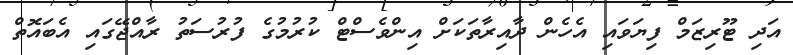
އަދި ޓޫރިޒަމް ފިޔަވައި އެހެން ދާއިރާތަކަށް އިންވެސްޓް ކުރުމުގެ ފުރުސަތު ރާއްޖޭގައި އެބައޮތް